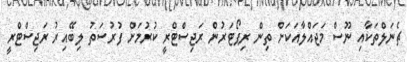
ޗެނަލްތަކާއި ނޫސް މަޖައްލާއަކަށް ތިން ރިޕޯޓަރުން ރަޖިސްޓްރީ ކުރުމަށް ފުރުސަތު ލިބޭއިރު ރަޖިސްޓްރީ